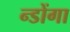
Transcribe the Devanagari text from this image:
न्डोंगा